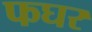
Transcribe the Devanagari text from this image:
फघर